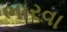
ભારવા